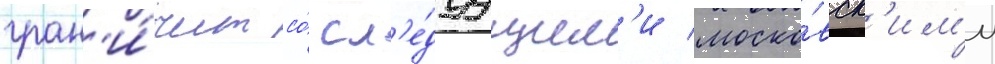
гран'и́чит со́ сл'е́дуущим'и моско́вск'им'и